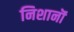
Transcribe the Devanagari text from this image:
निशानॊं